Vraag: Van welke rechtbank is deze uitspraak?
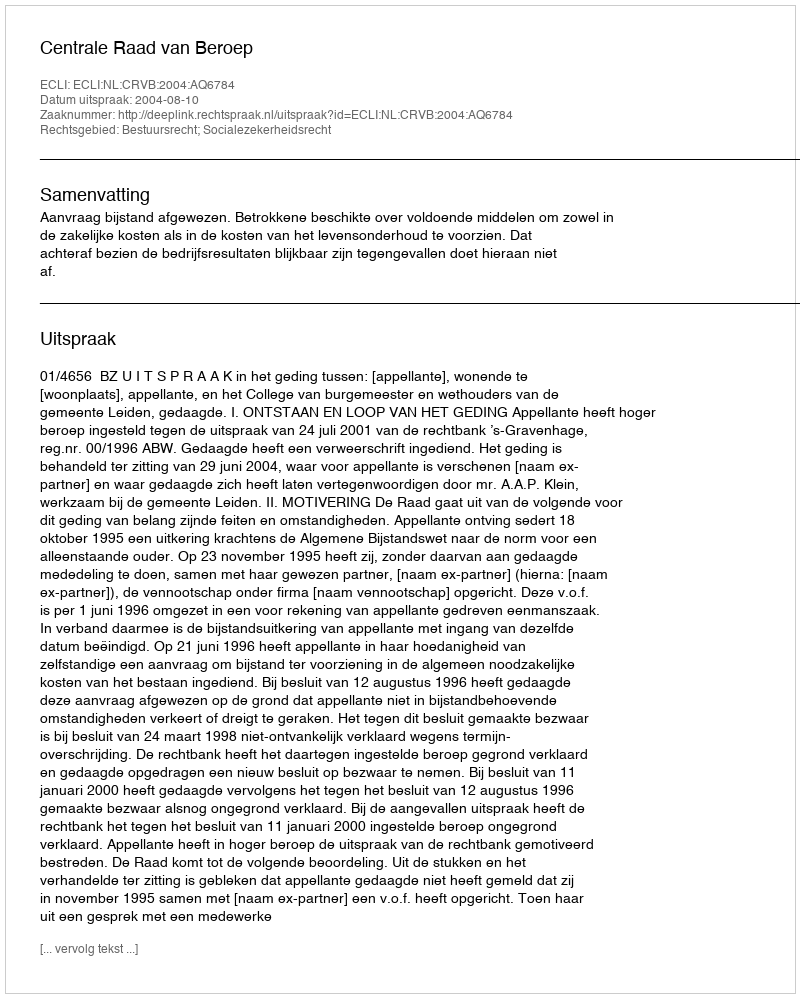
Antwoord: Centrale Raad van Beroep